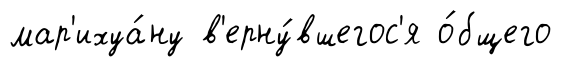
мар'ихуа́ну в'ерну́вшегос'я о́бщего